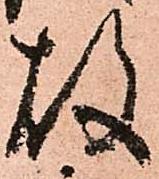
故